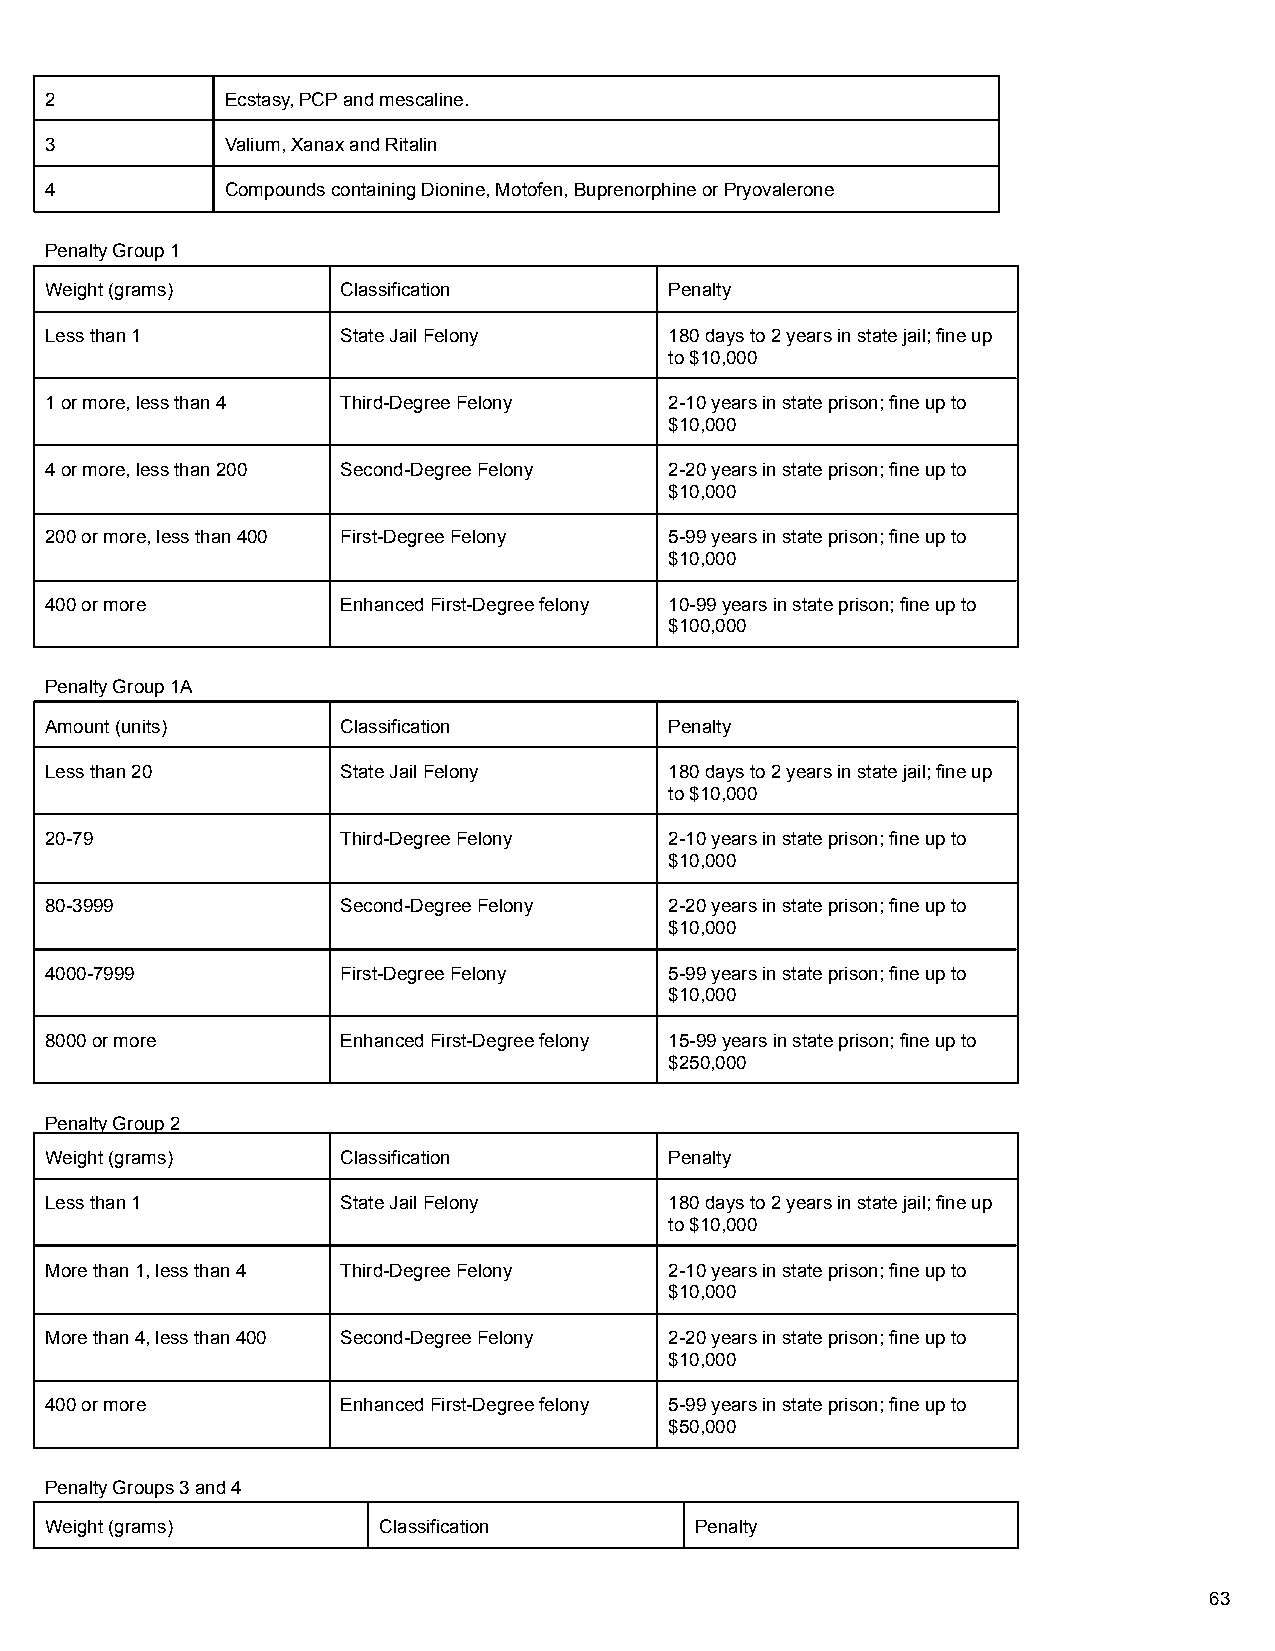
2           Ecstasy, PCP and mescaline.
 3           Valium, Xanax and Ritalin
 4           Compounds containing Dionine, Motofen, Buprenorphine or Pryovalerone
 Penalty Group 1
 Weight (grams)      Classification       Penalty
 Less than 1         State Jail Felony    180 days to 2 years in state jail; fine up
 to $10,000
 1 or more, less than 4 Third-Degree Felony 2-10 years in state prison; fine up to
 $10,000
 4 or more, less than 200 Second-Degree Felony 2-20 years in state prison; fine up to
 $10,000
 200 or more, less than 400 First-Degree Felony 5-99 years in state prison; fine up to
 $10,000
 400 or more         Enhanced First-Degree felony 10-99 years in state prison; fine up to
 $100,000
 Penalty Group 1A
 Amount (units)      Classification       Penalty
 Less than 20        State Jail Felony    180 days to 2 years in state jail; fine up
 to $10,000
 20-79               Third-Degree Felony  2-10 years in state prison; fine up to
 $10,000
 80-3999             Second-Degree Felony 2-20 years in state prison; fine up to
 $10,000
 4000-7999           First-Degree Felony  5-99 years in state prison; fine up to
 $10,000
 8000 or more        Enhanced First-Degree felony 15-99 years in state prison; fine up to
 $250,000
 Penalty Group 2
 Weight (grams)      Classification       Penalty
 Less than 1         State Jail Felony    180 days to 2 years in state jail; fine up
 to $10,000
 More than 1, less than 4 Third-Degree Felony 2-10 years in state prison; fine up to
 $10,000
 More than 4, less than 400 Second-Degree Felony 2-20 years in state prison; fine up to
 $10,000
 400 or more         Enhanced First-Degree felony 5-99 years in state prison; fine up to
 $50,000
 Penalty Groups 3 and 4
 Weight (grams)        Classification       Penalty
 63